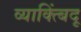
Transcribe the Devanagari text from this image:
व्याक्त्बिंदू